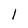
Character: l